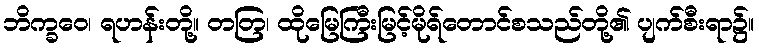
ဘိက္ခဝေ၊ ရဟန်းတို့။ တတြ၊ ထိုမြေကြီးမြင့်မိုရ်တောင်စသည်တို့၏ ပျက်စီးရာ၌။